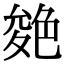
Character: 𦫝